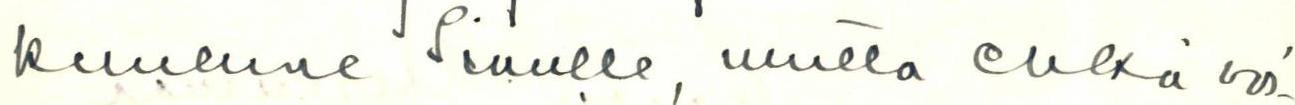
kuulune Sinulle, mutta ehkä voi-